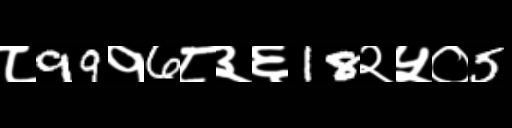
Text: ८99१6८३६18२५०5